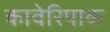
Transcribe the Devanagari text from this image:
कावेरिपाक